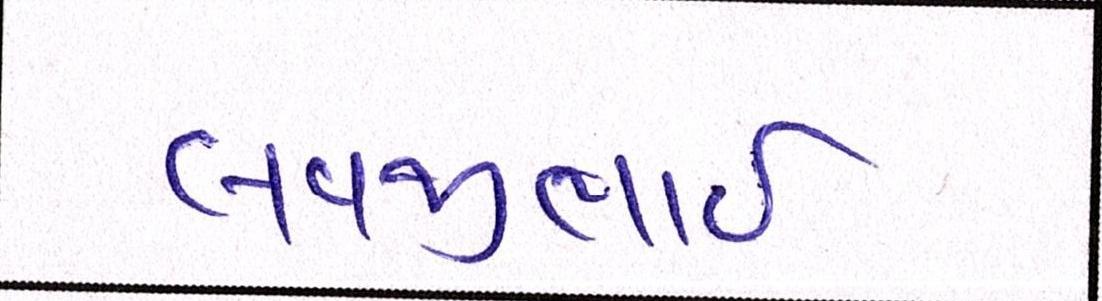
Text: લવજીભાઇ